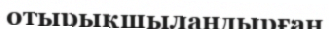
отырықшыландырған